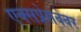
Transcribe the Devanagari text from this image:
एक्सप्रेसवेवर